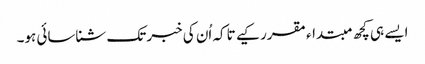
ایسے ہی کچھ مبتداء مقرر کیے تاکہ اُن کی خبر تک شناسائی ہو۔